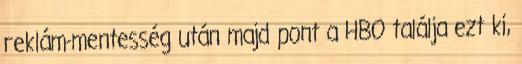
reklám-mentesség után majd pont a HBO találja ezt ki,